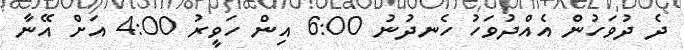
ދެ ދުވަހުން އެއްދުވަހު ހެނދުނު 6:00 އިން ހަވީރު 4:00 އަށް އޭނާ